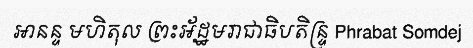
អានន្ទ មហិតុល ព្រះអ័ដ្ឋមរាជាធិបតិន្ទ្រ Phrabat Somdej